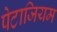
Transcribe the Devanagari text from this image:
पेटाजियम